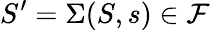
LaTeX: S^{\prime}=\Sigma(S,s)\in\mathcal{F}